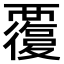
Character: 𧠃